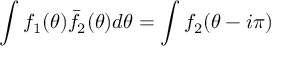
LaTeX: \int f _ { 1 } ( \theta ) \bar { f } _ { 2 } ( \theta ) d \theta = \int f _ { 2 } ( \theta - i \pi )